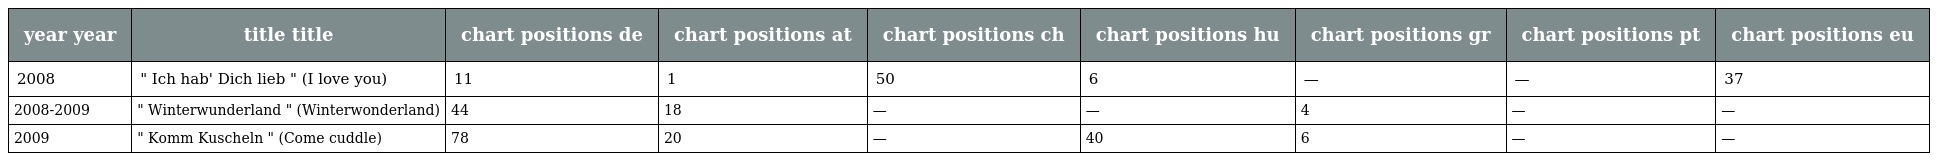
| year year | title title | chart positions de | chart positions at | chart positions ch | chart positions hu | chart positions gr | chart positions pt | chart positions eu |
 | --- | --- | --- | --- | --- | --- | --- | --- | --- |
 | 2008 | " Ich hab' Dich lieb " (I love you) | 11 | 1 | 50 | 6 | — | — | 37 |
 | 2008-2009 | " Winterwunderland " (Winterwonderland) | 44 | 18 | — | — | 4 | — | — |
 | 2009 | " Komm Kuscheln " (Come cuddle) | 78 | 20 | — | 40 | 6 | — | — |